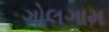
ગોલગામ